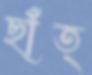
ছাঁত্